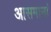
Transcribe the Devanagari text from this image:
आसमानां